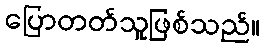
ပြောတတ်သူဖြစ်သည်။